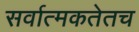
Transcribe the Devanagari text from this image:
सर्वात्मकतेतच